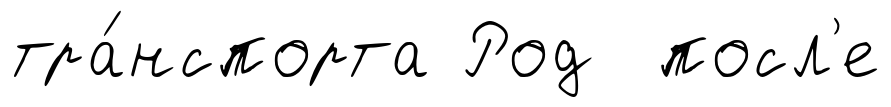
тра́нспорта Род посл'е